Vaccination in the Punjab 1867-1880 - 1867-1880
Year: 1867
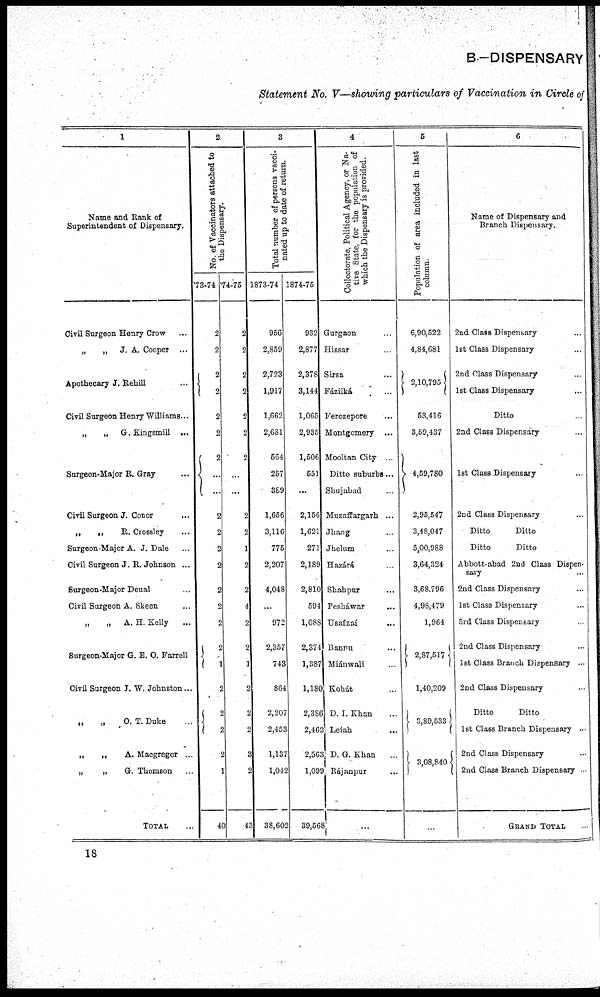
B-DISPENSARY
Statement No. V—showing particulars of Vaccination in Circle of
1
Name and Bank of
Superintendent of Dispensary.
Civil Surgeon Henry Crow ...
„
„
J. A. Cooper ...
Apothecary J. Behill ...
Civil Surgeon Henry Williams...
„
„
G. Kingsmill ...
Surgeon-Major E. Gray
Civil Surgeon J. Conor ...
„
„ R. Crossley ...
Surgeon-Major A. J.Dale ...
Civil Surgeon J. R. Johnson ...
Surgeon-Major Deual ...
Civil Surgeon A. Skeen ...
„
„
A. H. Kelly ...
Surgeon-Major G. E. O. Farrell
Civil Surgeon J. W. Johnston...
„
„ O. T. Duke ...
„
„
A. Macgregor ...
„
„
G. Thomson ...
TOTAL ...
2
No. of Vaccinators attached to
the Dispensary.
73-74
2
2
2
2
2
2
2
... ...
2
2
2
2
2
2
2
2
1
2
2
2
2
1
40
74-75
2
2
2
2
2
2
2
...
...
2
2
1
2
2
4
2
2
1
2
2
2
3
2
43
3
Total number of persons vacci-
nated up to date of return.
1873-74
956
2,859
2,723
1,917
1,662
2,681
564
257
389
1,656
3,116
775
2,207
4,048
...
972
2,357
743
864
2,207
2,453
1,137
1,042
38,602
1874-75
932
2,877
2,378
3,144
1,065
2,935
1,506
551
...
2,156
1,621
271
2,189
2,810
594
1,088
2,374
1,887
1,180
2,386
2,462
2,563
1,099
39,568
4
Collectorate, Political Agency, or Na-
tive State, for the population of
which the Dispensary is provided.
Grurgaon ...
Hissar ...
Sirsa ...
Fázilká ...
Ferozepore
...
Montgomery ...
Mooltan City ...
Ditto suburbs ...
Shujabad ...
Muzaffargarh ...
Jhang ...
Jhelum ...
Hazárá ...
Shahpur ...
Pesháwar ...
Usafzaí ...
Bannu ...
Miánwali ...
Kohát ...
D. I. Khan ...
Leiah
...
D. G. Khan ...
Rájanpur ...
5
Population of area included in last
column.
6,90,522
4,84,681
2,10,795
53,416
3,59,437
4,59,780
2,95,547
3,48,047
5,00,988
3,64,324
3,68,796
4,98,479
1,964
2,87,517
1,40,209
3,89,533
3,08,840
6
Name of Dispensary and
Branch Dispensary.
2nd ClassDispensary ...
1st Class Dispensary ...
2nd Class Dispensary ...
1st Class Dispensary
Ditto ...
2nd Class Dispensary ...
1st Class Dispensary ...
2nd ClassDispensary ...
Ditto
Ditto
Ditto
Ditto
Abbott- abad 2nd Class Dispen-
sary ...
2nd Class Dispensary ...
1st Class Dispensary ...
3rd Class Dispensary ...
2nd Class Dispensary ...
1st Class Branch Dispensary...
2nd Class Dispensary ...
Ditto
Ditto
1st Class Branch Dispensary ...
2nd Class Dispensary ...
2nd Class Branch Dispensary ...
GRAND TOTAL ...
18